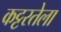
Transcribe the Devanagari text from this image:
कट्टरतेला